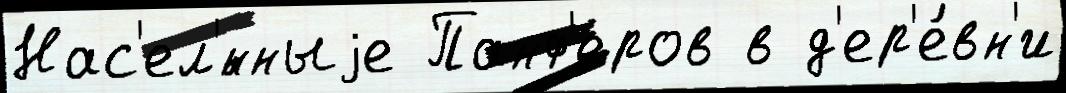
Нас'ел'́нныjе Панф'еров в д'ер'е́вн'и